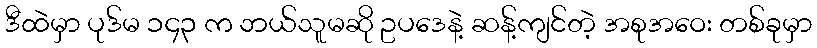
ဒီထဲမှာ ပုဒ်မ ၁၄၃ က ဘယ်သူမဆို ဥပဒေနဲ့ ဆန့်ကျင်တဲ့ အစုအဝေး တစ်ခုမှာ